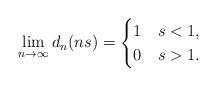
LaTeX: \begin{align*}\lim_{n\to \infty} d_n( ns )= \begin{cases} 1 & s<1, \\ 0 & s>1. \end{cases}\end{align*}